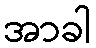
အာခါ